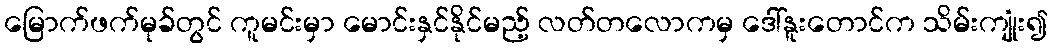
မြောက်ဖက်မုခ်တွင် ကူမင်းမှာ မောင်းနှင်နိုင်မည့် လတ်တလောကမှ ဒေါ်နူးတောင်က သိမ်းကျုံး၍